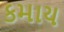
કમાય